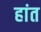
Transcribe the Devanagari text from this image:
हांत